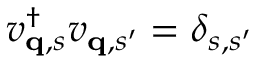
v _ { { \bf q } , s } ^ { \dagger } v _ { { \bf q } , s ^ { \prime } } = \delta _ { s , s ^ { \prime } }